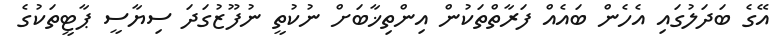
އޭގެ ބަދަލުގައި އެހެން ބައެއް ފަރާތްތަކުން އިންތިޚާބަށް ނުކުތީ ނުފޫޒުގަދަ ސިޔާސީ ޕާޓީތަކުގެ